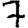
Digit: 7